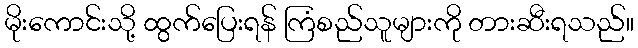
မိုးကောင်းသို့ ထွက်ပြေးရန် ကြံစည်သူများကို တားဆီးရသည်။